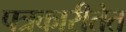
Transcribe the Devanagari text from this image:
पत्रकारीतेत